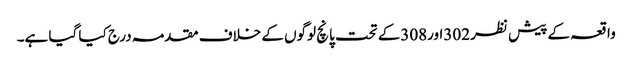
واقعہ کے پیش نظر 302اور308کے تحت پانچ لوگوں کے خلاف مقدمہ درج کیا گیا ہے۔